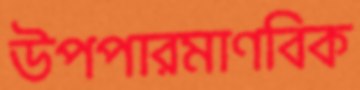
উপপারমাণবিক